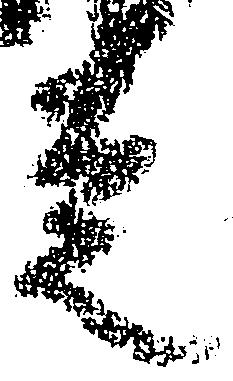
走